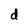
Character: d